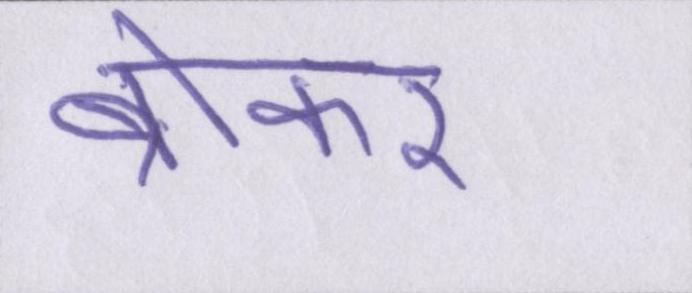
ब्रोकर